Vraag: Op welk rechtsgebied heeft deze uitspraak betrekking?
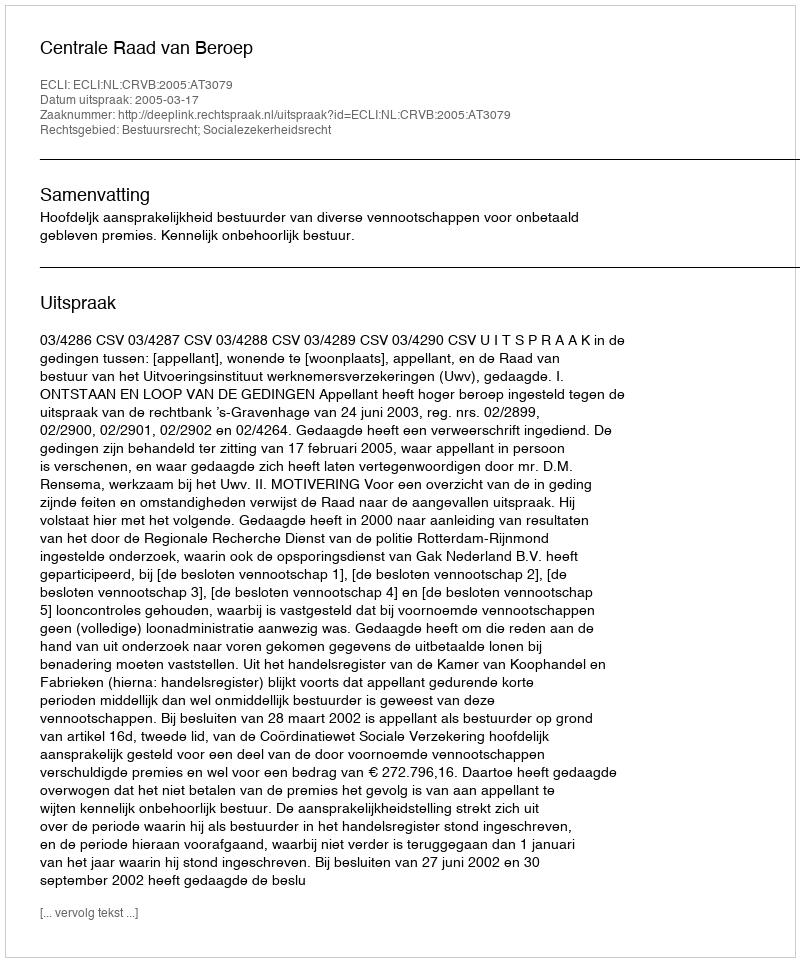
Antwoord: Bestuursrecht; Socialezekerheidsrecht